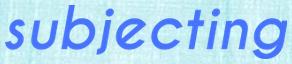
subjecting